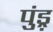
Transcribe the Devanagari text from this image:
पुंड़्र